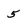
Character: 5